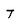
Character: T